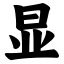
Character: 显